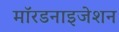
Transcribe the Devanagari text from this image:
मॉरडनाइजेशन